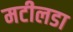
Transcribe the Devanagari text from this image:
मटीलडा